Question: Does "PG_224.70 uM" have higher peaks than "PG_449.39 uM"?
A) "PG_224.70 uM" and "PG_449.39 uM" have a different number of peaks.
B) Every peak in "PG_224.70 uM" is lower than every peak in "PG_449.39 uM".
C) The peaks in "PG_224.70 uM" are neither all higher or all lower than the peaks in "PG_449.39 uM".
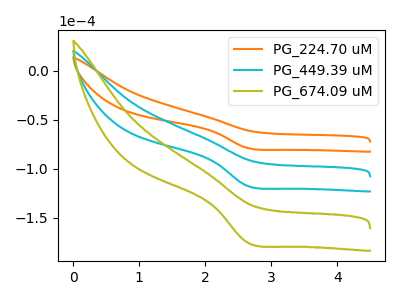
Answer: <think>The orange curve "PG_224.70 uM" has a cathodic peak at: (2.65V, -78.65uA). The cyan curve "PG_449.39 uM" has a cathodic peak at: (2.65V, -117.35uA). The olive curve "PG_674.09 uM" has a cathodic peak at: (2.65V, -234.65uA).</think>
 <answer>B) Every peak in "PG_224.70 uM" is lower than every peak in "PG_449.39 uM".</answer>
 <eval>B</eval>